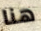
هنا